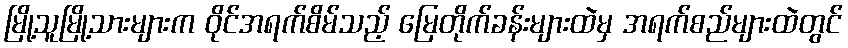
မြို့သူမြို့သားများက ဝိုင်အရက်စိမ်သည့် မြေတိုက်ခန်းများထဲမှ အရက်စည်များထဲတွင်